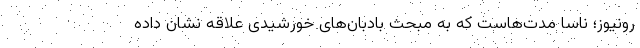
رونیوز؛ ناسا مدت‌هاست که به مبحث بادبان‌های خورشیدی علاقه نشان داده